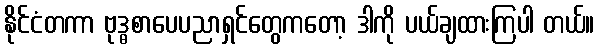
နိုင်ငံတကာ ဗုဒ္ဓစာပေပညာရှင်တွေကတော့ ဒါကို ပယ်ချထားကြပါ တယ်။